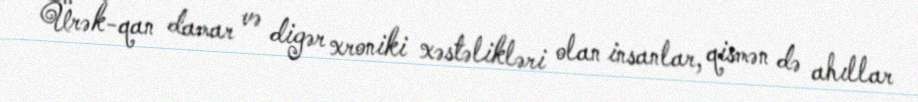
Ürək-qan damar və digər xroniki xəstəlikləri olan insanlar, qismən də ahıllar